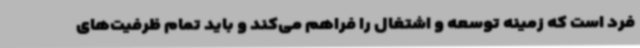
فرد است که زمینه توسعه و اشتغال را فراهم می‌کند و باید تمام ظرفیت‌های